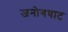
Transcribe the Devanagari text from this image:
जनोगघाट